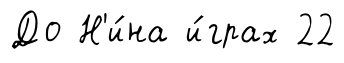
До Н'и́на и́грах 22